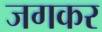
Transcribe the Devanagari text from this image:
जगकर